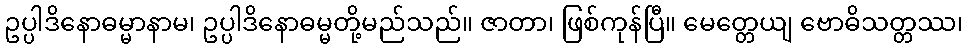
ဥပ္ပါဒိနောဓမ္မာနာမ၊ ဥပ္ပါဒိနောဓမ္မတို့မည်သည်။ ဇာတာ၊ ဖြစ်ကုန်ပြီ။ မေတ္တေယျ ဗောဓိသတ္တဿ၊